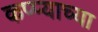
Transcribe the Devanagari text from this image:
कप्प्याच्या